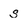
Character: s